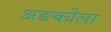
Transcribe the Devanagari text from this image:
अङकोला